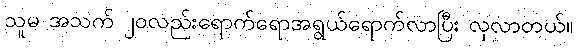
သူမ အသက် ၂၀လည်းရောက်ရောအရွယ်ရောက်လာပြီး လှလာတယ်။